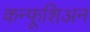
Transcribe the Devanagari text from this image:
कन्फूशिअन